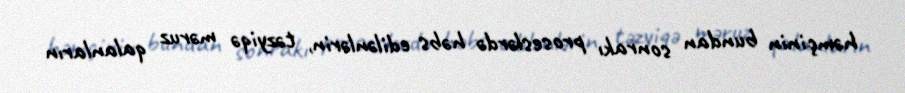
həmçinin bundan sonrakı proseslərdə həbs edilənlərin, təzyiqə məruz qalanların